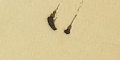
١٠